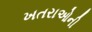
ખતરાઓની